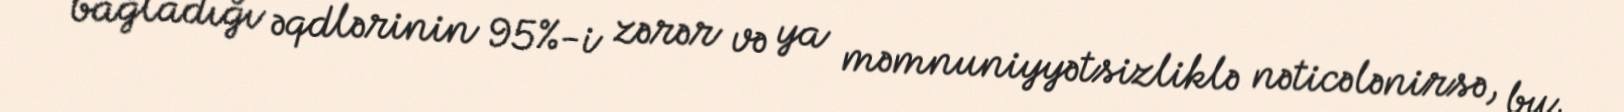
bağladığı əqdlərinin 95%-i zərər və ya məmnuniyyətsizliklə nəticələnirsə, bu,